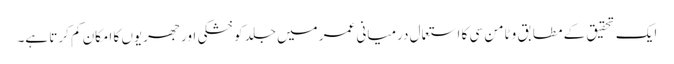
ایک تحقیق کے مطابق وٹامن سی کا استعمال درمیانی عمر میں جلد کو خشکی اور جھریوں کا امکان کم کرتا ہے۔